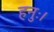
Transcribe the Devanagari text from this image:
हनुः।